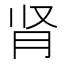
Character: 肾